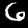
Label: 6